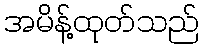
အမိန့်ထုတ်သည်